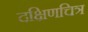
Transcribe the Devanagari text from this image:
दक्षिणचित्र